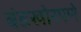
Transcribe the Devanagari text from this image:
बंडखोरपणे